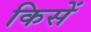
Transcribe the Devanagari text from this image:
किसें